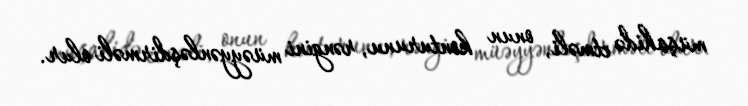
müşahidə etməli, onun konturunu, rəngini müəyyənləşdirməli olur.